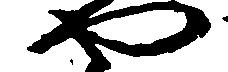
や